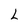
Character: L